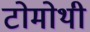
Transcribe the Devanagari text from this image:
टोमोथी